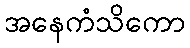
အနေကံသိကော